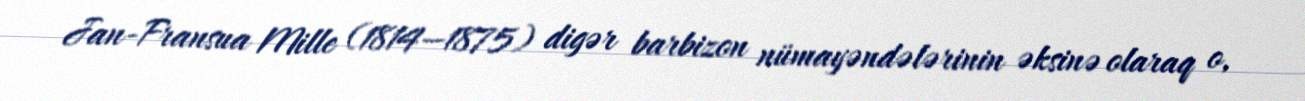
Jan-Fransua Mille (1814—1875) digər barbizon nümayəndələrinin əksinə olaraq o,